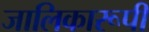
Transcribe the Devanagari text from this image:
जालिकारूपी